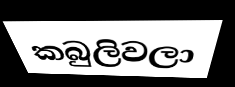
කබුලිවලා